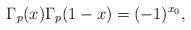
LaTeX: \begin{align*}\Gamma_p(x)\Gamma_p(1-x)=(-1)^{x_0},\end{align*}